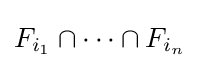
F_{i_{1}}\cap \dots \cap F_{i_{n}}